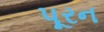
પૂરન